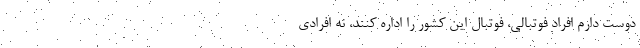
دوست دارم افراد فوتبالي، فوتبال اين كشور را اداره كنند، نه افرادي